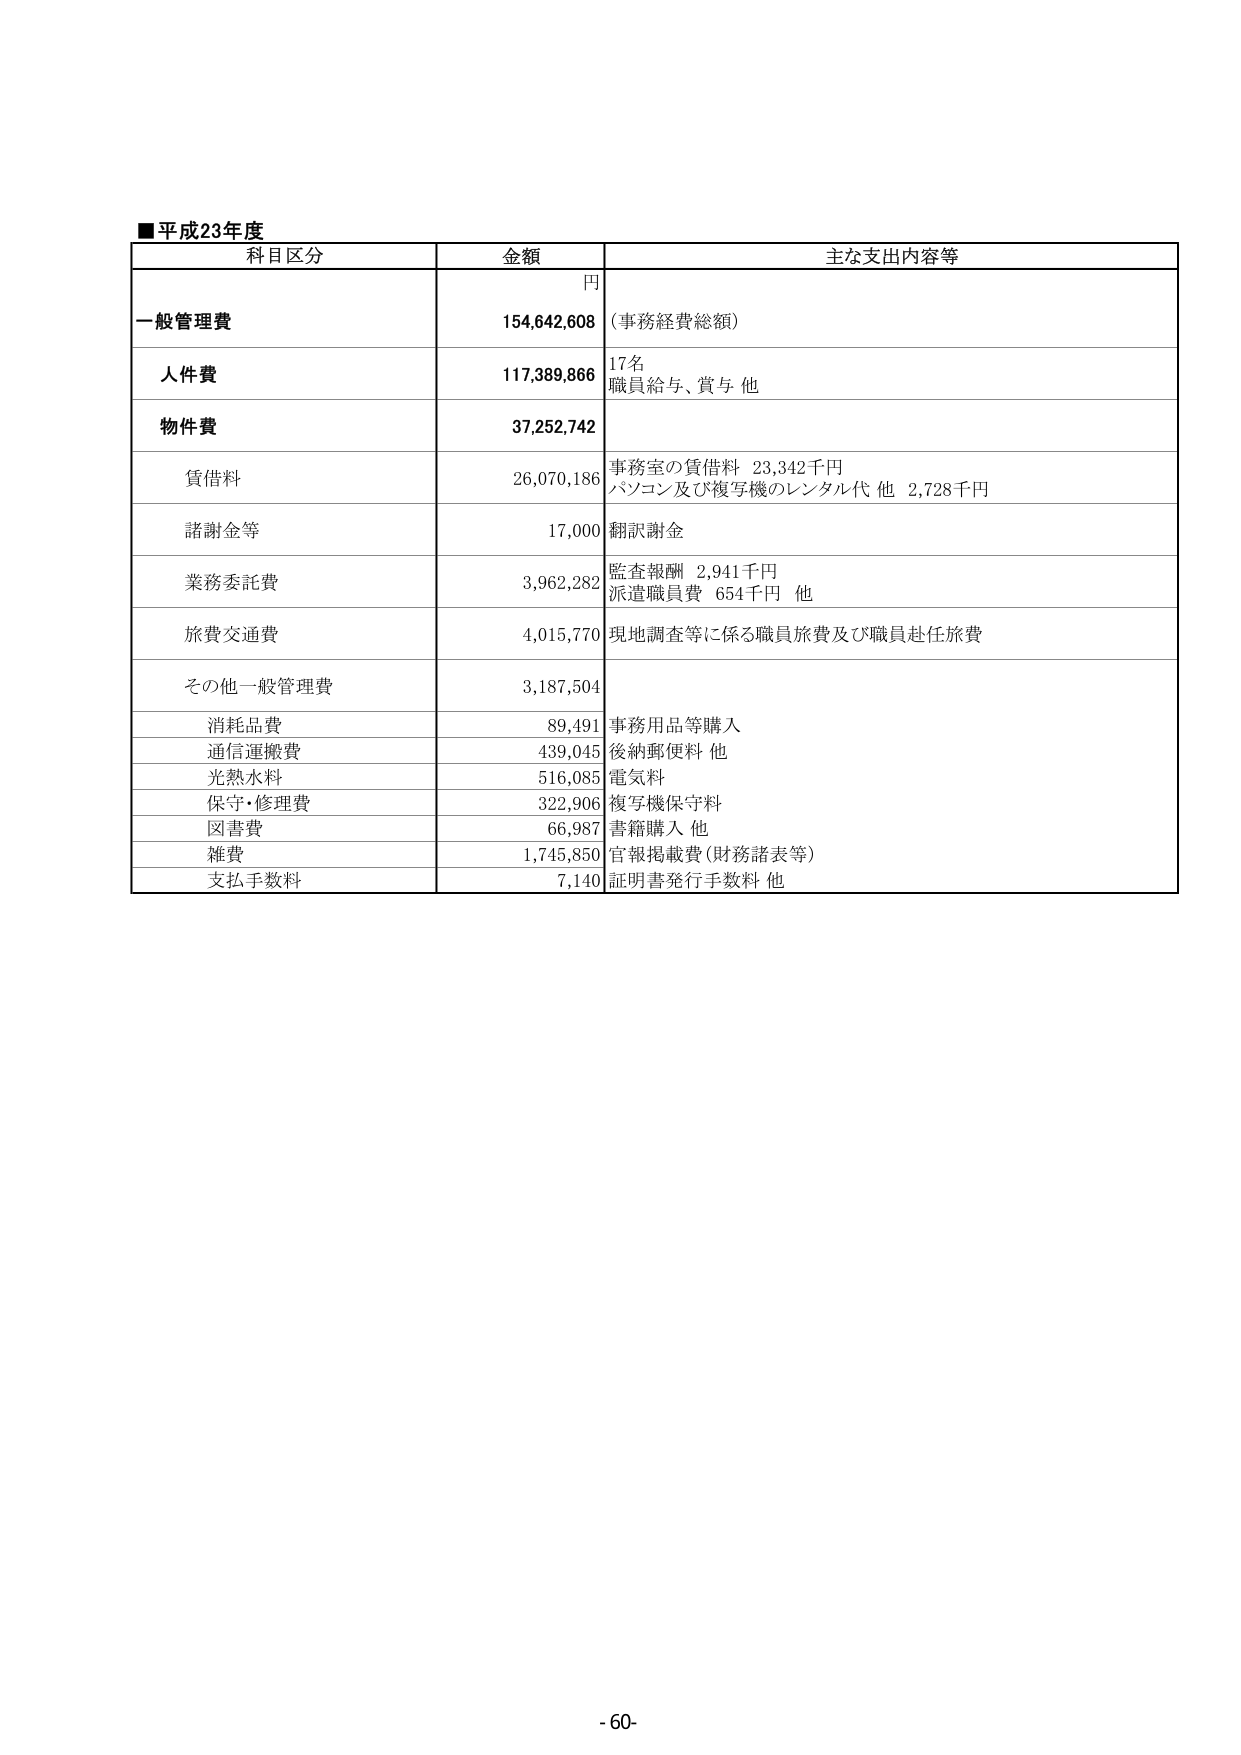
■平成23年度
科目区分 金額 主な支出内容等
円
一般管理費 154,642,608 （事務経費総額）
人件費 117,389,866 17名 職員給与、賞与 他
物件費 37,252,742
　賃借料 26,070,186 事務室の賃借料 23,342千円 パソコン及び複写機のレンタル代 他 2,728千円
　諸謝金等 17,000 翻訳謝金
　業務委託費 3,962,282 監査報酬 2,941千円 派遣職員費 654千円 他
　旅費交通費 4,015,770 現地調査等に係る職員旅費及び職員赴任旅費
　その他一般管理費 3,187,504
　　消耗品費 89,491 事務用品等購入
　　通信運搬費 439,045 後納郵便料 他
　　光熱水料 516,085 電気料
　　保守・修理費 322,906 複写機保守料
　　図書費 66,987 書籍購入 他
　　雑費 1,745,850 官報掲載費（財務諸表等）
　　支払手数料 7,140 証明書発行手数料 他
- 60 -